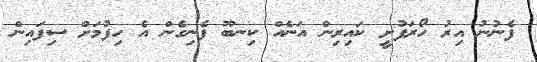
ފެނުނު އިރު ހޯރަފުށީ ކައިރިން އަނެއް ކިނބޫ ފެނިގެން އެ ހިފުމަށް ސިފައިން